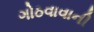
ગોઠવાવાની